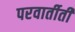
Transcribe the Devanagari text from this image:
परवार्तीती